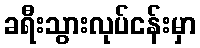
ခရီးသွားလုပ်ငန်းမှာ